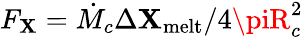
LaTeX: F_{\mathbf{X}}=\dot{{M}}_{c}\Delta\mathbf{X}_{\mathrm{{melt}}}/4\piR_{c}^{2}